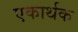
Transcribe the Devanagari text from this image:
एकार्थक